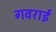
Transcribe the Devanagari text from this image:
गवराई